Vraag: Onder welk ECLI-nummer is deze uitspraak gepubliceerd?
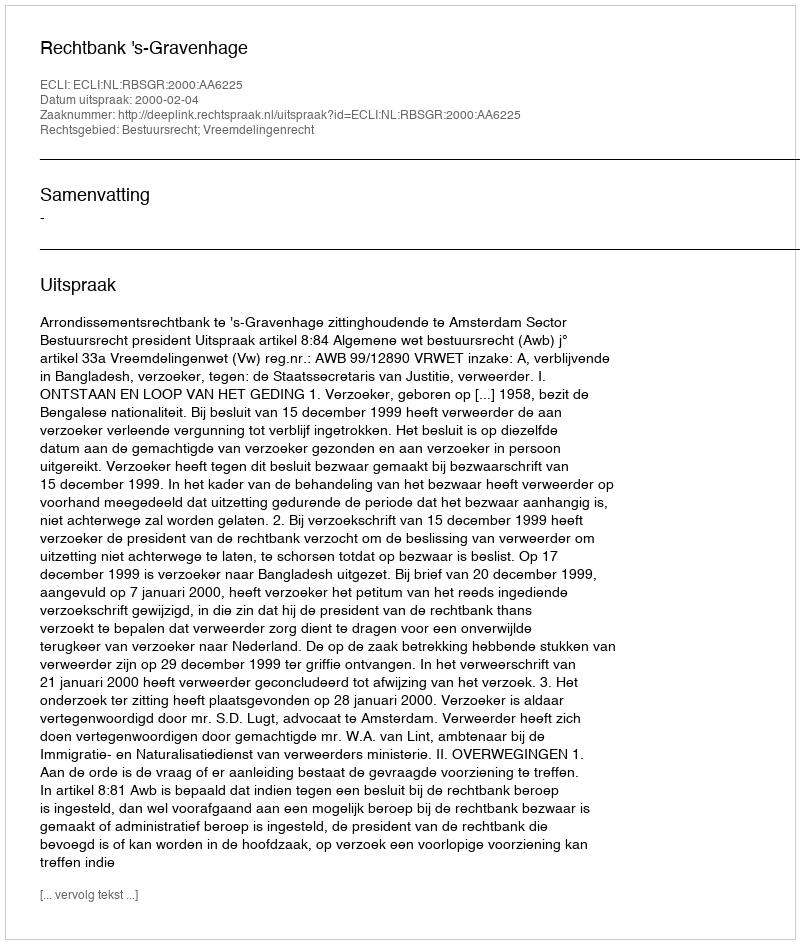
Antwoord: ECLI:NL:RBSGR:2000:AA6225